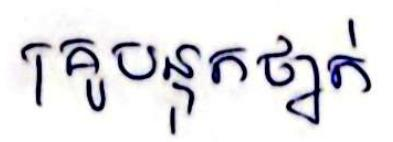
គ្រូបន្ទុកថ្នាក់